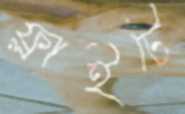
ফ্লাইটে